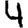
Digit: 4